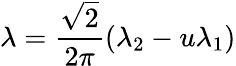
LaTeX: \lambda=\frac{\sqrt 2}{2\pi}(\lambda_{2}-u\lambda_{1})